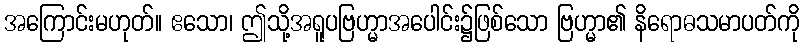
အကြောင်းမဟုတ်။ ဧသော၊ ဤသို့အရူပဗြဟ္မာအပေါင်း၌ဖြစ်သော ဗြဟ္မာ၏ နိရောဓသမာပတ်ကို